Plague in India, 1896, 1897 - Volume 1
Year: 1896
Disease focus: Plague
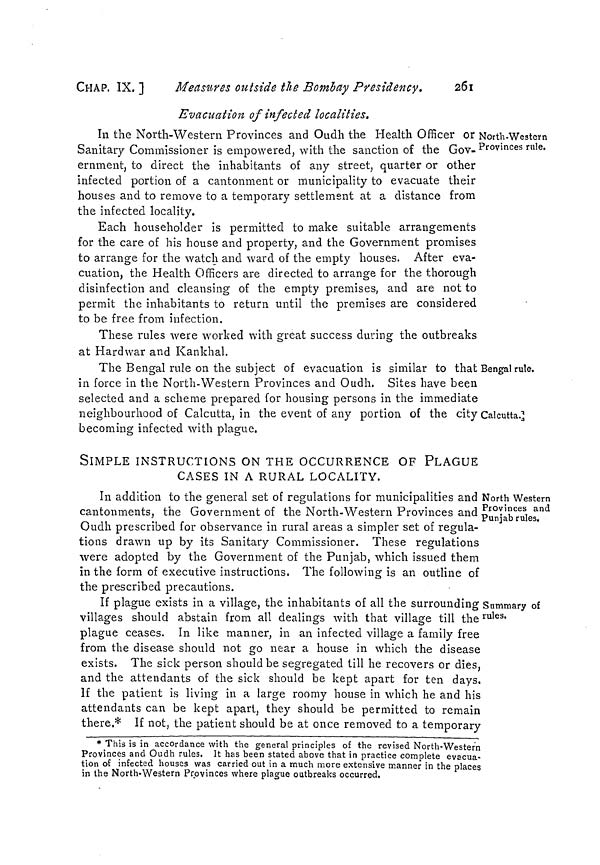
CHAP. IX. ]
Measures outside the Bombay Presidency.
261
North-Western
Provinces rule.
Evacuation of infected localities.
In the North-Western Provinces and Oudh the Health Officer or
Sanitary Commissioner is empowered, with the sanction of the Gov-
ernment, to direct the inhabitants of any street, quarter or other
infected portion of a cantonment or municipality to evacuate their
houses and to remove to a temporary settlemsnt at a distance from
the infected locality.
Each householder is permitted to make suitable, arrangements
for the care of his house and property, and the Government promises
to arrange for the watch and ward of the empty houses. After eva-
cuation, the Health Officers are directed to arrange for the thorough
disinfection and cleansing of the empty premises, and are not to
permit the inhabitants to return until the premises are considered
to be free from infection.
These rules were worked with great success during the outbreaks
at Hardwar and Kankhal.
Bengal rule.
Calcutta.
The Bengal rule on the subject of evacuation is similar to that
in force in the North-Western Provinces and Oudh. Sites have been
selected and a scheme prepared for housing persons in the immediate
neighbourhood of Calcutta, in the event of any portion of the city
becoming infected with plague.
SIMPLE INSTRUCTIONS ON THE OCCURRENCE OF PLAGUE
CASES IN A RURAL LOCALITY.
North Western
Provinces and
Punjab rules.
In addition to the general set of regulations for municipalities and
cantonments, the Government of the North-Western Provinces and
Oudh prescribed for observance in rural areas a simpler set of regula-
tions drawn up by its Sanitary Commissioner. These regulations
were adopted by the Government of the Punjab, which issued them
in the form of executive instructions. The following is an outline of
the prescribed precautions.
Summary of
rules.
If plague exists in a village, the inhabitants of all the surrounding
villages should abstain from all dealings with that village till the
plague ceases. In like manner, in an infected village a family free
from the disease should not go near a house in which the disease
exists. The sick person should be segregated till he recovers or dies,
and the attendants of the sick should be kept apart for ten days.
If the patient is living in a large roomy house in which he and his
attendants can be kept apart, they should be permitted to remain
there.* If not, the patient should be at once removed to a temporary
*This is in accordance with the general principles of the revised North-Western
Provinces and Oudh rules. It has been stated above that in practice complete evacua-
tion of infected houses was carried out in a much more extensive manner in the places
in the North-Western Provinces where plague outbreaks occurred.